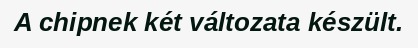
A chipnek két változata készült.